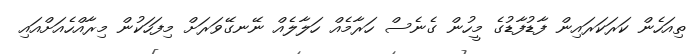
ތިއަހެން ކަރަކަރައިން ފާޑުފާޑުގެ މީހުން ގެނެސް ހަރާމެއް ހަލާލެއް ނޭނގޭވަރަށް މިފަހަކުން މިރާއްހެއަށްއައި